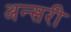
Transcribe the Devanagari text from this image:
अन्सरी